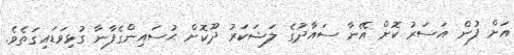
އަށް ފުން އަސަރު ކޮށް އޭނާ ސައާދުގެ ލަޝަކަރު ދޫކޮށް ޙުސައިންގެފާނާ ގުޅިވަޑައިގަތެވެ.